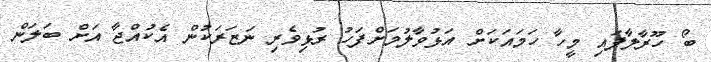
ބޯ ހޫރާލާފައި މީހާ ހަމައަކަށް އަޅުވާލުމަށްފަހު ރުޅިވެރި ނަޒަރަކުން އެކުއްޖާ އަށް ބަލަން